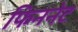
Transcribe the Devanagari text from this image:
फिननेट